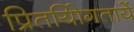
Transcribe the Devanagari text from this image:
प्रितयोिगतायें